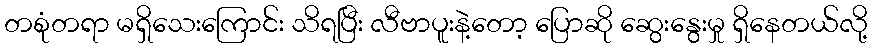
တစုံတရာ မရှိသေးကြောင်း သိရပြီး လီဗာပူးနဲ့တော့ ပြောဆို ဆွေးနွေးမှု ရှိနေတယ်လို့